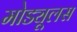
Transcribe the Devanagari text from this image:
मोड्यूलस